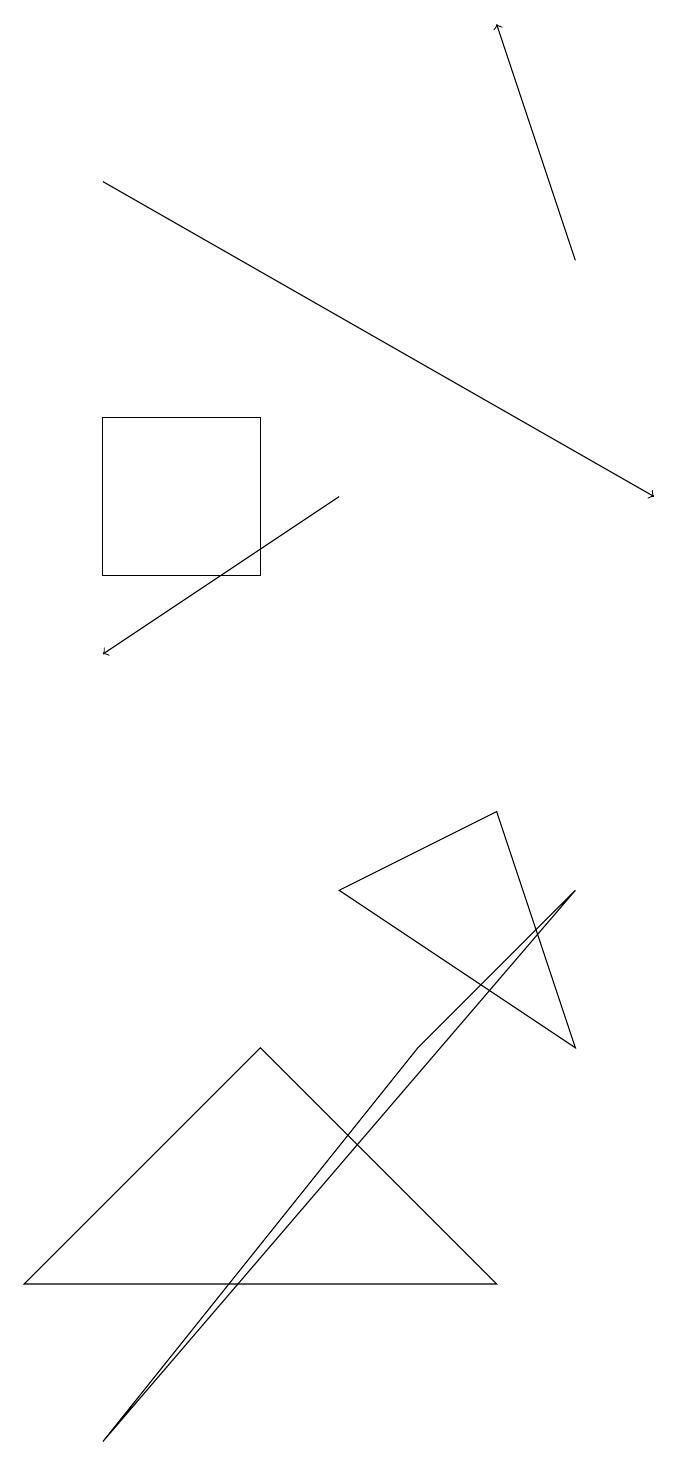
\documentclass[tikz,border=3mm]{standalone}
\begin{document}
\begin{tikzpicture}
\draw (1,3) -- (4,6) -- (7,3) -- cycle;
\draw (8,6) -- (5,8) -- (7,9) -- cycle;
\draw[->] (2,17) -- (9,13);
\draw (2,1) -- (6,6) -- (8,8) -- cycle;
\draw (4,12) rectangle (2,14);
\draw[->] (5,13) -- (2,11);
\draw[->] (8,16) -- (7,19);
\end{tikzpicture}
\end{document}